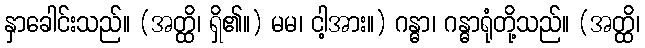
နှာခေါင်းသည်။ (အတ္ထိ၊ ရှိ၏။) မမ၊ ငါ့အား။) ဂန္ဓာ၊ ဂန္ဓာရုံတို့သည်။ (အတ္ထိ၊